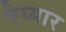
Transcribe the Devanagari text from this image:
ऐय्यार